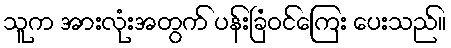
သူက အားလုံးအတွက် ပန်းခြံဝင်ကြေး ပေးသည်။